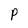
Character: P